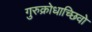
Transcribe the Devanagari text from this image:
गुरुक्रोधाच्छिवो